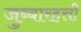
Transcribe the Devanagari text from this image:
जुब्बारहत्ती